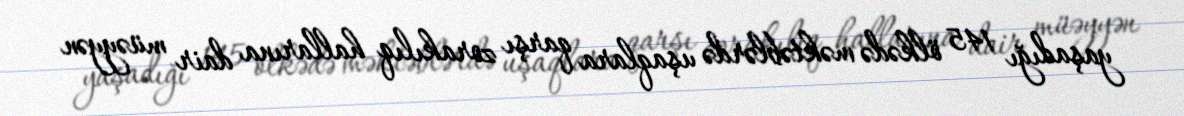
yaşadığı 145 ölkədə məktəblərdə uşaqlara qarşı zorakılıq hallarına dair müəyyən